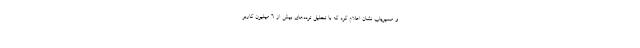
و مسیریاب نشان اعلام کرد که با تحلیل ترددهای بیش از ۶ میلیون کاربر